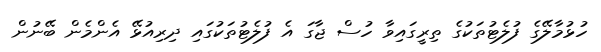
ހުޅުމާލޭގެ ފުލެޓުތަކުގެ ތިރީގައިވާ ހުސް ޖާގަ އެ ފުލެޓުތަކުގައި ދިރިއުޅޭ އެންމެން ބޭނުން